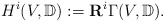
\begin{align*}H^i(V, \mathbb D):= \mathbf{R}^i\Gamma (V,\mathbb D).\end{align*}